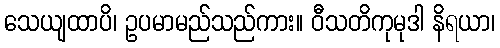
သေယျထာပိ၊ ဥပမာမည်သည်ကား။ ဝီသတိကုမုဒါ နိရယာ၊